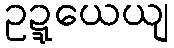
ဥဍ္ဍယေယျ